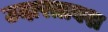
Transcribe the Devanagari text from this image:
उदारतावश